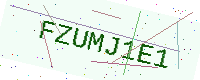
Text: FZUMJ1E1